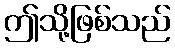
ဤသို့ဖြစ်သည်